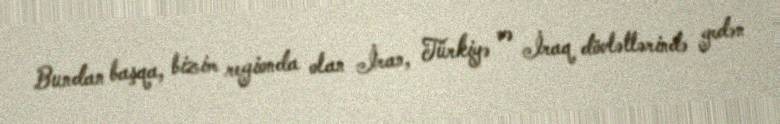
Bundan başqa, bizim regionda olan İran, Türkiyə və İraq dövlətlərində gedən